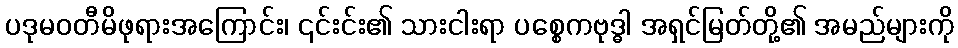
ပဒုမဝတီမိဖုရားအကြောင်း၊ ၎င်းင်း၏ သားငါးရာ ပစ္စေကဗုဒ္ဓါ အရှင်မြတ်တို့၏ အမည်များကို